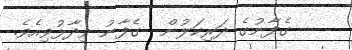
ގެފާނުގެ ދަރިކަލުން  ގެފާނު ވިދާޅުވިއެވެ.